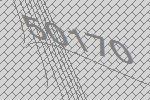
50170